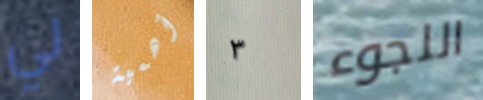
لي أهمية ٣ اللجوء